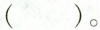
( )。